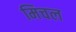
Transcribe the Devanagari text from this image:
मिचल